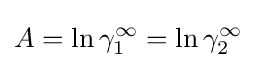
A=\ln \gamma _{1}^{\infty }=\ln \gamma _{2}^{\infty }